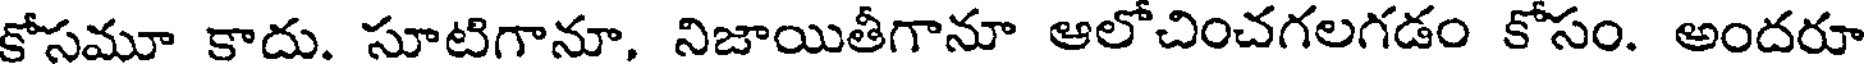
కోసమూ కాదు. సూటిగానూ, నిజాయితీగానూ ఆలోచించగలగడం కోసం. అందరూ